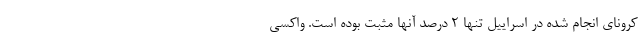
کرونای انجام شده در اسراییل تنها 2 درصد آنها مثبت بوده است. واکسی